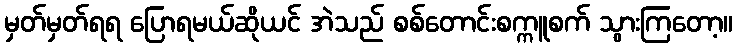
မှတ်မှတ်ရရ ပြောရမယ်ဆိုယင် အဲသည် စစ်တောင်းစက္ကူစက် သွားကြတော့။